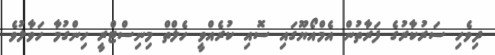
ދިވެހި ސަރުކާރުގެ ފަރާތުން އެމްއޯޔޫގައި ސޮއި ކުރެއްވީ ހެލްތް މިނިސްޓްރީ ހިންގުމާ ހަވާލުވެ